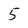
Character: 5